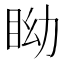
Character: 眑